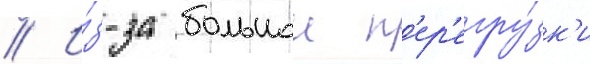
// И́з-за большои п'ер'егру́зк'и